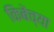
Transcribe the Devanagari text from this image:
किबेंच्या